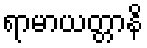
ရာမာယတ္တာနိ